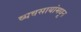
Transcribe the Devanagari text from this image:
व्यवसायांमधून